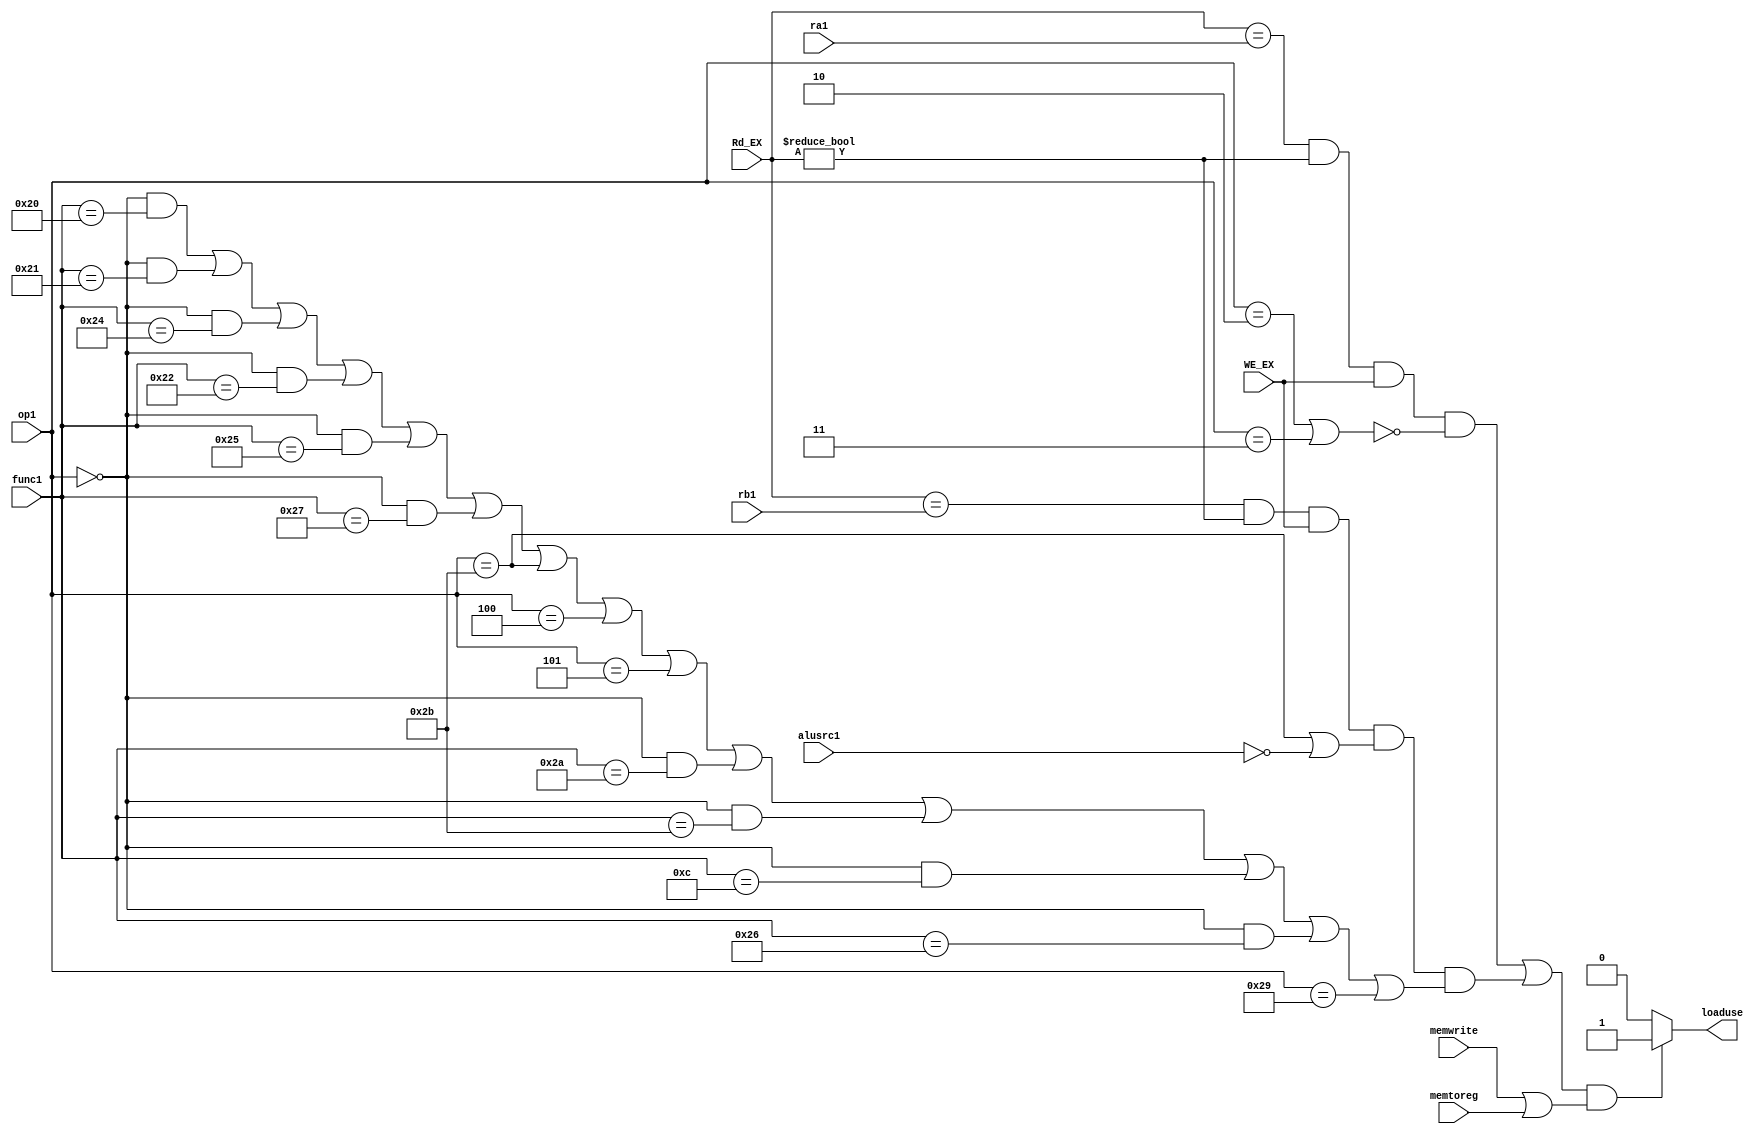
module LOAD(Rd_EX,ra1,rb1,WE_EX,alusrc1,op1,func1,memtoreg,memwrite,loaduse);
    input [4:0]Rd_EX,ra1,rb1;
    input [5:0] op1,func1;
    input WE_EX,alusrc1,memtoreg,memwrite;
    output reg loaduse;

    initial begin
        loaduse=0;
    end

    always @(*) begin
        if ((((Rd_EX==ra1)&&(Rd_EX!=0)&&(WE_EX)&&(!((op1==6'h2)||(op1==6'h3))))||
            ((Rd_EX==rb1)&&(Rd_EX!=0)&&(WE_EX)&&((op1==6'h2b)||(!alusrc1))&&(
            ((op1==6'h0)&&(func1==6'h20))||//add
            ((op1==6'h0)&&(func1==6'h21))||//addu
            ((op1==6'h0)&&(func1==6'h24))||//and
            ((op1==6'h0)&&(func1==6'h22))||//sub
            ((op1==6'h0)&&(func1==6'h25))||//or
            ((op1==6'h0)&&(func1==6'h27))||//nor
            (op1==6'h2b)||//sw
            (op1==6'h4)||//beq
            (op1==6'h5)||//bne
            ((op1==6'h0)&&(func1==6'h2a))||//slt
            ((op1==6'h0)&&(func1==6'h2b))||//sltu
            ((op1==6'h0)&&(func1==6'hc))||//syscall
            ((op1==6'h0)&&(func1==6'h26))||//xor
            (op1==6'h29)//sh
            )))&&(memwrite||memtoreg)
            ) begin
            loaduse<=1;
        end
        else begin
            loaduse<=0;
        end
    end
endmodule